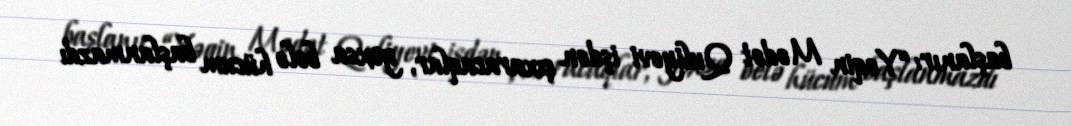
başlanır: “Yəqin Mədət Quliyevi işdən çıxaracaqlar, yoxsa belə hücum başlanmazdı